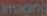
Imaging